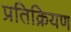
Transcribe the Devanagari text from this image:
प्रतिक्रियण